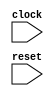
module cpu(clock, reset);
	input clock;
	input reset;

	reg [31:0] pc;

	always @(posedge clock) begin
		if (reset) begin
			pc <= 32'd0;
		end else begin
			pc <= pc + 32'd2;
		end
	end

endmodule